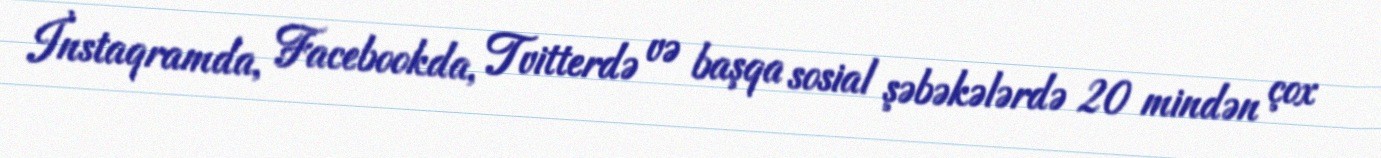
İnstaqramda, Facebookda, Tvitterdə və başqa sosial şəbəkələrdə 20 mindən çox